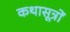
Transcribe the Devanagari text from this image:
कथासूत्रों